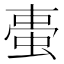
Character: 𧋌